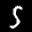
Label: 5